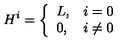
H ^ { i } = \left\{ \begin{array} { l l } { L , } & { i = 0 } \\ { 0 , } & { i \neq 0 } \\ \end{array} \right.